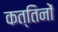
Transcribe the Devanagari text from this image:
कत्तिनों